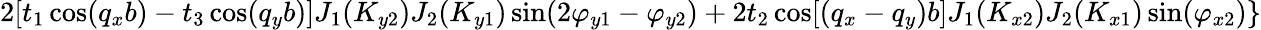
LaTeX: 2[t_{1}\cos(q_{x}b)-t_{3}\cos(q_{y}b)]J_{1}(K_{y2})J_{2}(K_{y1})\sin(2\varphi_{y1}-\varphi_{y2})+2t_{2}\cos[(q_{x}-q_{y})b]J_{1}(K_{x2})J_{2}(K_{x1})\sin(\varphi_{x2})\}